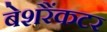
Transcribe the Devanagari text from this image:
बेशरैंकटर